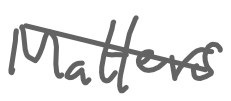
Text: Matters
Cross-out: diagonal
Writing tool: digital_gray